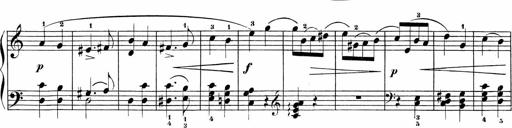
Title: Sonatinen Op.47, 98 und 136, nebst 6 Liedersonatinen
Composer: Carl Reinecke